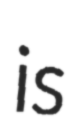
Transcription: is